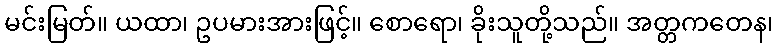
မင်းမြတ်။ ယထာ၊ ဥပမားအားဖြင့်။ စောရော၊ ခိုးသူတို့သည်။ အတ္တကတေန၊